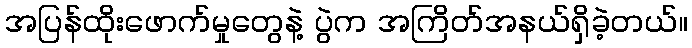
အပြန်ထိုးဖောက်မှုတွေနဲ့ ပွဲက အကြိတ်အနယ်ရှိခဲ့တယ်။